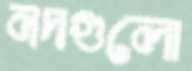
নদগুলো